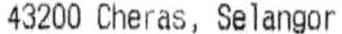
43200 CHERAS, SELANGOR